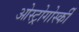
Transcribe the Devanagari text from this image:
ओस्ट्रोगोर्स्की